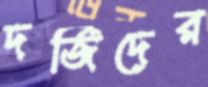
দর্জিদের